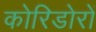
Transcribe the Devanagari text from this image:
कोरिडोरों